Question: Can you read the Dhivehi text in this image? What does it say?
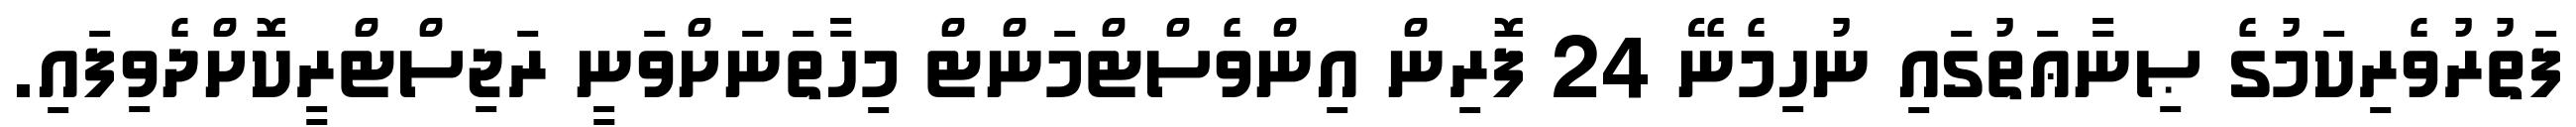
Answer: ފަތުރުވެރިކަމުގެ ޞިނާޢަތުގައި ނުހިމެނޭ 24 ފޮރިން އިންވެސްޓްމަންޓް މިހާތަނަށްވަނީ ރަޖިސްޓްރީކޮށްދެވިފައި.